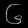
Digit: ၆